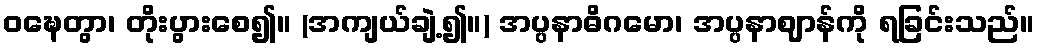
ဝဍ္ဎေတွာ၊ တိုးပွားစေ၍။ (အကျယ်ချဲ့၍။) အပ္ပနာဓိဂမော၊ အပ္ပနာဈာန်ကို ရခြင်းသည်။